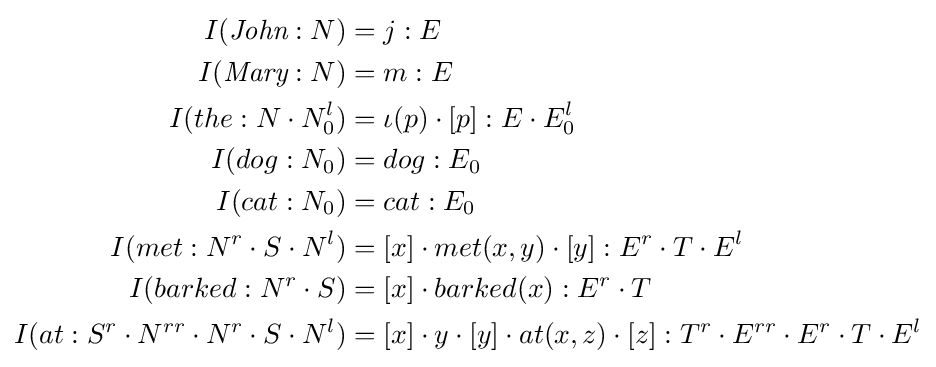
{\begin{aligned}I({\textit {John}}:N)&=j:E\\I({\textit {Mary}}:N)&=m:E\\I(the:N\cdot N_{0}^{l})&=\iota (p)\cdot [p]:E\cdot E_{0}^{l}\\I(dog:N_{0})&=dog:E_{0}\\I(cat:N_{0})&=cat:E_{0}\\I(met:N^{r}\cdot S\cdot N^{l})&=[x]\cdot met(x,y)\cdot [y]:E^{r}\cdot T\cdot E^{l}\\I(barked:N^{r}\cdot S)&=[x]\cdot barked(x):E^{r}\cdot T\\I(at:S^{r}\cdot N^{rr}\cdot N^{r}\cdot S\cdot N^{l})&=[x]\cdot y\cdot [y]\cdot at(x,z)\cdot [z]:T^{r}\cdot E^{rr}\cdot E^{r}\cdot T\cdot E^{l}\end{aligned}}